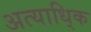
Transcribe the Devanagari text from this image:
अत्याधि्क